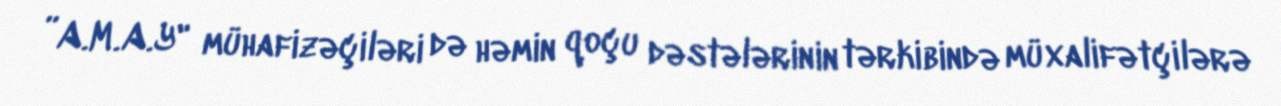
”A.M.A.Y" mühafizəçiləri də həmin qoçu dəstələrinin tərkibində müxalifətçilərə